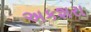
અકશરા